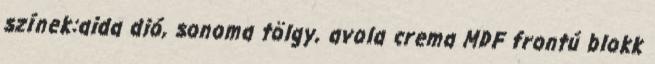
színek:aida dió, sonoma tölgy, avola crema MDF frontú blokk